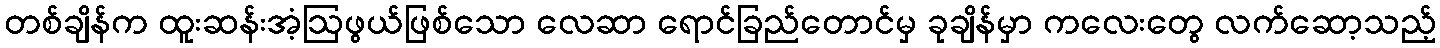
တစ်ချိန်က ထူးဆန်းအံ့ဩဖွယ်ဖြစ်သော လေဆာ ရောင်ခြည်တောင်မှ ခုချိန်မှာ ကလေးတွေ လက်ဆော့သည့်